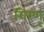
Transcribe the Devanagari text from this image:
गिरणू